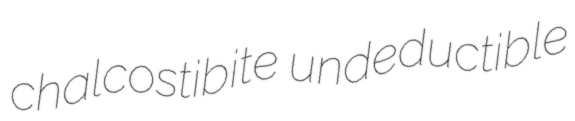
chalcostibite undeductible